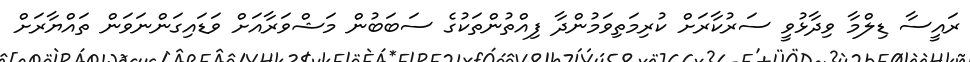
ރައީސާ ޑިލްމާ ވިދާޅުވީ ސަރުކާރަށް ކުރިމަތިވަމުންދާ ފިއްތުންތަކުގެ ސަބަބުން މަޝްވަރާއަށް ވަޑައިގަންނަވަން ތައްޔާރަށް